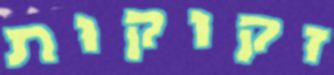
זקוקות